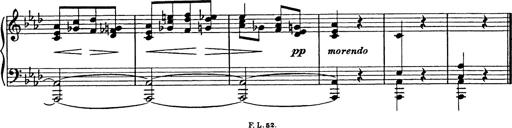
Title: 8 Variations
Composer: Franz Liszt
Key: A-flat major